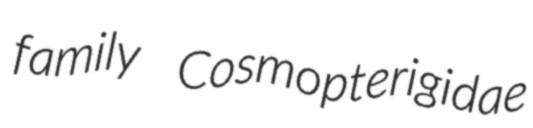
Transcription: family Cosmopterigidae